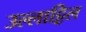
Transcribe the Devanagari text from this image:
उल्लाट्टिल